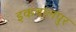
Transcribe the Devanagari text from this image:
इकबालपुर